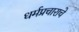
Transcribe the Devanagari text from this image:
धर्मप्रचाराचे